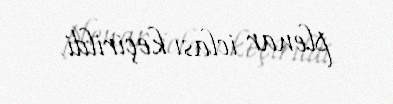
plenar iclası keçirildi.